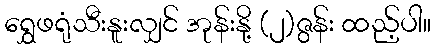
ရွှေဖရုံသီးနူးလျှင် အုန်းနို့ (၂)ဇွန်း ထည့်ပါ။